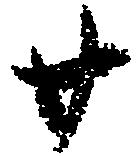
廿